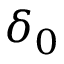
\delta _ { 0 }